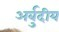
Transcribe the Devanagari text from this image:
अर्बुदीय